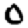
Digit: 0